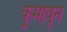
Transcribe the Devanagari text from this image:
कुमावून